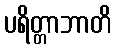
ပရိတ္တာဘာတိ